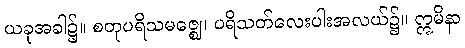
ယခုအခါ၌။ စတုပရိသမဇ္ဈေ၊ ပရိသတ်လေးပါးအလယ်၌။ ဣမိနာ